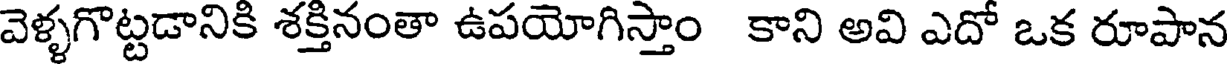
వెళ్ళగొట్టడానికి శక్తినంతా ఉపయోగిస్తాం కాని అవి ఎదో ఒక రూపాన